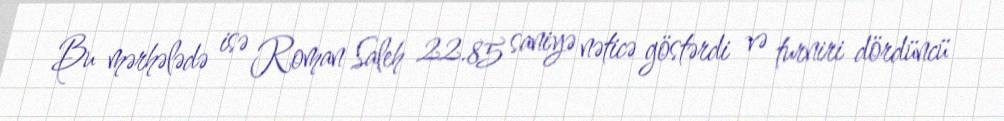
Bu mərhələdə isə Roman Saleh 22.85 saniyə nəticə göstərdi və turniri dördüncü